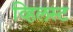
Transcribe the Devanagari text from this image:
व्हिलस्ट